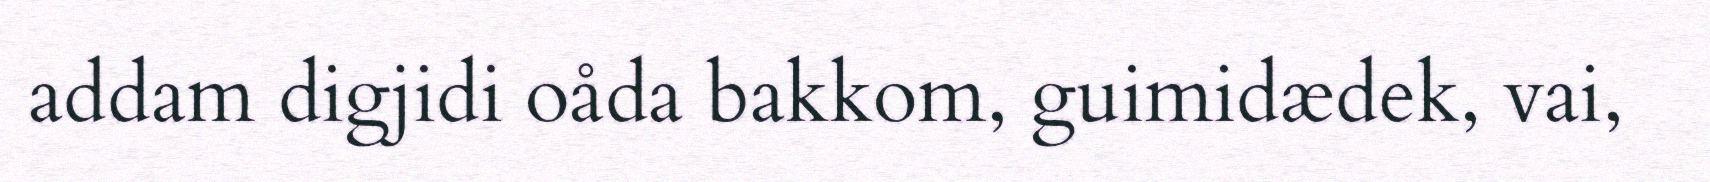
addam digjidi oåda bakkom, guimidædek, vai,